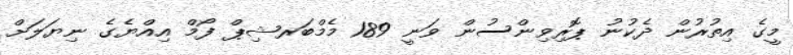
މީގެ އިތުރުން ދެކުނު ޕޮރިވިންސުން ވަނީ 189 މެމްބަރޝިޕް ފޯމް އިއްޔެގެ ނިޔަލަށް